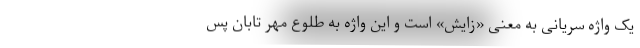
یک واژه سُریانی به معنی «زایش» است و این واژه به طلوع مهر تابان پس